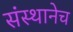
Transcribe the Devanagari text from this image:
संस्थानेच